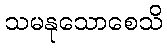
သမနုသောစေသိ